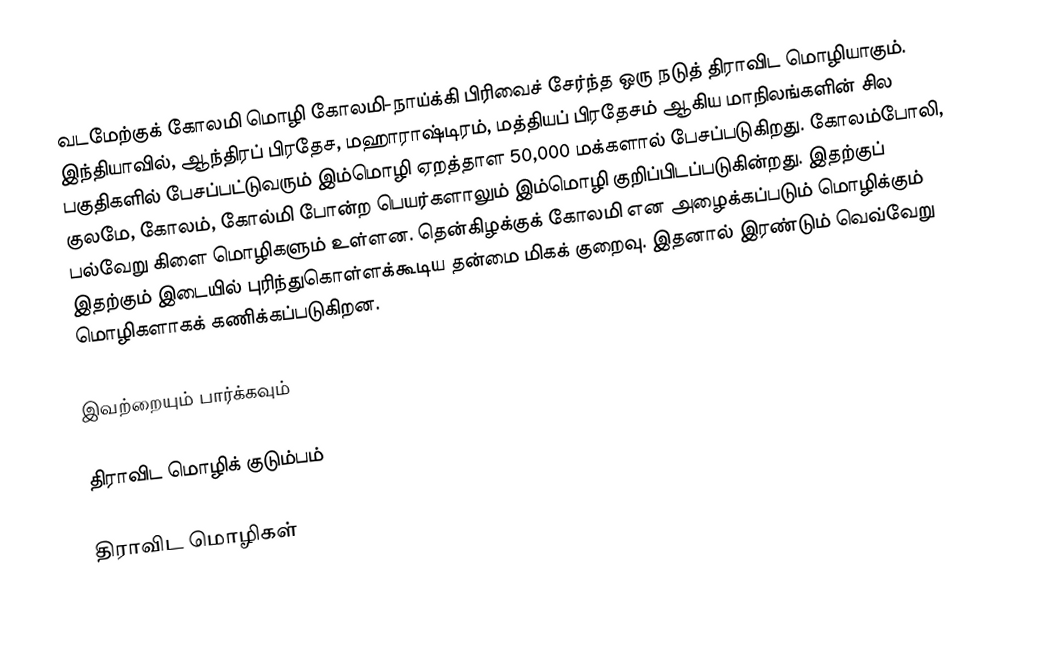
வடமேற்குக் கோலமி மொழி கோலமி-நாய்க்கி பிரிவைச் சேர்ந்த ஒரு நடுத் திராவிட மொழியாகும். இந்தியாவில், ஆந்திரப் பிரதேச, மஹாராஷ்டிரம், மத்தியப் பிரதேசம் ஆகிய மாநிலங்களின் சில பகுதிகளில் பேசப்பட்டுவரும் இம்மொழி ஏறத்தாள 50,000 மக்களால் பேசப்படுகிறது.  கோலம்போலி, குலமே, கோலம், கோல்மி போன்ற பெயர்களாலும் இம்மொழி குறிப்பிடப்படுகின்றது. இதற்குப் பல்வேறு கிளை மொழிகளும் உள்ளன. தென்கிழக்குக் கோலமி என அழைக்கப்படும் மொழிக்கும் இதற்கும் இடையில் புரிந்துகொள்ளக்கூடிய தன்மை மிகக் குறைவு. இதனால் இரண்டும் வெவ்வேறு மொழிகளாகக் கணிக்கப்படுகிறன.

இவற்றையும் பார்க்கவும்

 திராவிட மொழிக் குடும்பம்

திராவிட மொழிகள்